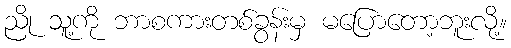
ညို သူ့ကို ဘာစကားတစ်ခွန်းမှ မပြောတော့ဘူးလို့။